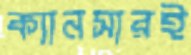
ক্যানসারই